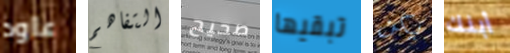
عاود التفاهم صحيح تبقيها يكن أبنك